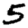
Digit: 5